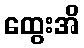
ထွေးအိ